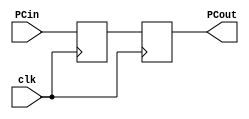
//Taylan Unal CMPEN 331.001 LAB4 Top Module
`timescale 1ns / 1ps
module PC(clk, PCin, PCout);
    input clk;                  
    input [31:0] PCin;
    reg[31:0] PCmem;          
    output reg [31:0] PCout;
    initial begin
        PCout = 0;
        PCmem = 100;
    end  
    
    always @(posedge clk) begin       
        PCmem <= PCin; //register output is saved as its input at clk cycle
    end
    always @(negedge clk) begin       
        PCout <= PCmem; //register output is assigned its input at clk cycle
    end
endmodule

module PCAdder(PCin, PCout);
    input [31:0] PCin;
    output reg [31:0] PCout;
    
    always @(PCin) begin
        PCout <= PCin + 4;
    end
endmodule

module InstructMem(a, do); //a is 'PC input', do is 'IM output'
    input [31:0] a;
    output reg [31:0] do;
    reg [31:0] IM[0:511]; //load word from memory, leaving room for more instructions later.
    initial begin
        IM[32'd100] = 32'h8c220000; //lw $v0 00($at)
        IM[32'd104] = 32'h8c230004; //lw $v1 04($at)
        IM[32'd108] = 32'h8c240008; //lw $a0 08($at)
        IM[32'd112] = 32'h8c25000c; //lw $a1 12($at)
    end
    
    always @ (a) begin
        do <= IM[a];
    end
endmodule

module IFID(clk, instIn, instOut);//defining instruction input and instruction out from IM
    input clk;
    input [31:0] instIn;
    reg [31:0] IF; //IF memory
    output reg [31:0] instOut; //defines the R-type
    
    always @ (posedge clk) begin
        IF <= instIn; //save value of input until negedge.
    end
    always @ (negedge clk) begin
        instOut <= IF; //pull from stored value
    end
endmodule

module ControlUnit(inst_CU, wreg, m2reg, wmem, aluc, aluimm, regrt);
    input [31:0] inst_CU; //ifid_out. Includes op, func.
    wire [5:0] op, func;
    output reg wreg, m2reg, wmem, aluimm, regrt;
    output reg [3:0] aluc;
    assign op = inst_CU[31:26];
    
    initial begin
        wreg <= 0; //RegWrite
        m2reg <= 0; //Mem2Reg
        wmem <= 0; //Write Memory
        aluimm <= 0; //ALU source
        regrt <= 0; //Reg Destination
    end

    always @ (op) begin
        if(op == 6'b100011) begin //Load Word (LW)
            wreg <= 1'b1;
            m2reg <= 1'b1;
            wmem <= 1'b0;
            aluimm <= 1'b1;
            regrt <= 1'b1; //important part
            aluc <= 4'b0010;
        end
    end
endmodule

module ControlMux(inst_Mux, regrt, rd_rt);
    input [31:0] inst_Mux;
    input regrt;
    output reg [4:0] rd_rt;
    wire [4:0] rd, rt;
    
    assign rd = inst_Mux[15:11];
    assign rt = inst_Mux[20:16];
    
    always @(rd, rt) begin 
        case (regrt)
            1'b1:
                rd_rt = rt;
            1'b0:
                rd_rt = rd;
        endcase
    end
endmodule

module RegFile(inst_RF, qa, qb); //if_idout is inst_RF, qa is RS out, qb is RT out
    input [31:0] inst_RF;
    reg [31:0] regs [0:31]; //32 x 32 register file. Store all the registers.
    wire [4:0] rs, rt;
    output reg [31:0] qa, qb;

    assign rs = inst_RF[25:21];
    assign rt = inst_RF[20:16];
    
    initial begin //initialize all 32 registers to 0.
        {regs[0], regs[1], regs[2], regs[3], regs[4], regs[5], regs[6], regs[7],
        regs[8], regs[9], regs[10], regs[11], regs[12], regs[13], regs[14], regs[15],
        regs[16], regs[17], regs[18], regs[19], regs[20], regs[21], regs[22], regs[23],
        regs[24], regs[25], regs[26], regs[27], regs[28], regs[29], regs[30], regs[31]} = 0;//32'h00000000;
    end
    
    always @(rs, rt) begin
        qa <= regs[rs]; //register output 1 = val in register rs
        qb <= regs[rt]; //register output 2 = val in register rt
    end
endmodule

module SignExtend(inst_IF, immOut);//input IF instruct value, output an extended 32 bit value
    input [31:0] inst_IF; //short value
    output reg [31:0] immOut; //extended value
    wire [15:0] imm; //save wire for main values
    
    assign imm = inst_IF[15:0]; //save first 16 bits.
    always @(imm) begin
        immOut = {{16{imm[15]}},imm}; //extends 16bit number to 32bits.
    end
endmodule

module IDEXE(clk, wreg, m2reg, wmem, aluc, aluimm, mux, qa, qb, extend,
            ewreg, em2reg, ewmem, ealuc, ealuimm, emux, eqa, eqb, eextend);
    input clk; 
    input wreg, m2reg, wmem, aluimm; //input to IDEXE
    input [4:0] mux; //output from mux into IDEXE
    input [3:0] aluc; //output from control unit
    input [31:0] extend, qa, qb; //output from regfile
    
    //Use these to store values for later assignment using posedge, negedge.
    reg wreg2, m2reg2, wmem2, aluimm2;
    reg [4:0] mux2;
    reg [3:0] aluc2;
    reg [31:0] qa2, qb2;
    reg [31:0] extend2;
    
    output reg ewreg, em2reg, ewmem, ealuimm; //extended outputs from control unit
    output reg [3:0] ealuc; //extended outputs from control unit, into ALU
    output reg [4:0] emux; //extended outputs from multiplexer
    output reg [31:0] eqa, eqb; //extended outputs from regfile
    output reg [31:0] eextend; //extended outputs from sign extender

    always@(posedge clk) begin //pass values into middle save values. (save regs <= input)
        wreg2 <= wreg;
        m2reg2 <= m2reg;
        wmem2 <= wmem;
        aluimm2 <= aluimm;
        mux2 <= mux;
        aluc2 <= aluc;
        qa2 <= qa;
        qb2 <= qb;
        extend2 <= extend;
    end
    
    always@(negedge clk) begin //output values from saved values. (output <= save regs)
        ewreg <= wreg2;
        em2reg <= m2reg2;
        ewmem <= wmem2;
        ealuimm <= aluimm2;
        emux <= mux2;
        ealuc <= aluc2;
        eqa <= qa2;
        eqb <= qb2;
        eextend <= extend2;
    end
endmodule

module ALUMux(ealuimm, eqb, eextend, alumux_out);
    input ealuimm;
    input [31:0] eqb, eextend; //qb value and immExtended
    
    output reg [31:0] alumux_out;
    
    always @ (eqb, eextend) begin
        case (ealuimm)
            1'b0: alumux_out = eqb;
            1'b1: alumux_out = eextend;
        endcase
    end
endmodule

module ALU (ALUcontrol, eqa , eqb, alu_out);
    input [3:0] ALUcontrol; //4bit number
    input [31:0] eqa, eqb;
    output reg [31:0] alu_out;

    always @ (eqa, eqb) begin
        case (ALUcontrol)
            4'b0010: alu_out <= eqa + eqb;
        endcase
    end
endmodule

module EXEMEM (clock, eWREG, eM2REG, eWMEM, eMUX, eALU_OUT, eQB, eWREG_out, 
               eM2REG_out, eWMEM_out, eMUX_out, eALU_out, eQB_out);
    input clock, eWREG, eM2REG, eWMEM;
    input [4:0] eMUX;
    input [31:0] eQB, eALU_OUT;
    
    reg ewreg, em2reg, ewmem;
    reg [4:0] emux;
    reg [31:0] ealu_out, eqb;
    
    output reg eWREG_out, eM2REG_out, eWMEM_out;
    output reg [4:0] eMUX_out;
    output reg [31:0] eALU_out, eQB_out;

    always @ (posedge clock) begin
        ewreg <= eWREG;
        em2reg <= eM2REG;
        ewmem <= eWMEM;
        emux <= eMUX;
        ealu_out <= eALU_OUT;
        eqb <= eQB;
    end

    always @ (negedge clock) begin
        eWREG_out <= ewreg;
        eM2REG_out <= em2reg;
        eWMEM_out <= ewmem;
        eMUX_out <= emux;
        eALU_out <= ealu_out;
        eQB_out <= eqb;
    end
endmodule

module DataMemory (MEMWRITE, ALUDATA_IN ,QBDATA_IN, DMDATA_OUT);
    input MEMWRITE;
    input [31:0] ALUDATA_IN, QBDATA_IN;

    reg [31:0] DM [0:36];

    output reg [31:0] DMDATA_OUT;

    initial begin //set first 10 words to data memory
        DM[32'd0] = 32'hA00000AA;
        DM[32'd4] = 32'h10000011;
        DM[32'd8] = 32'h20000022;
        DM[32'd12] = 32'h30000033;
        DM[32'd16] = 32'h40000044;
        DM[32'd20] = 32'h50000055;
        DM[32'd24] = 32'h60000066;
        DM[32'd28] = 32'h70000077;
        DM[32'd32] = 32'h80000088;
        DM[32'd36] = 32'h90000099;
    end
    
    always @ (ALUDATA_IN, QBDATA_IN) begin
        case (MEMWRITE)
            1'b0: DMDATA_OUT <= DM[ALUDATA_IN];
            1'b1: DMDATA_OUT <= DM[QBDATA_IN];  
        endcase
    end
endmodule

module MemWB(clock, mWREG, mM2REG, mMUX, mALU, mDM);
    input clock, mWREG, mM2REG;
    input [4:0] mMUX;
    input [31:0] mALU, mDM; 

    reg mwreg,mm2reg;
    reg [4:0] mmux;
    reg [31:0] malu,mdm;

    always @(posedge clock) begin
        mwreg <= mWREG;
        mm2reg <= mM2REG;
        mmux <= mMUX;
        malu <= mALU;
        mdm <= mDM;
    end
endmodule